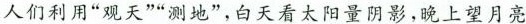
人们利用“观天”“测地”，白天看太阳量阴影，晚土望月亮